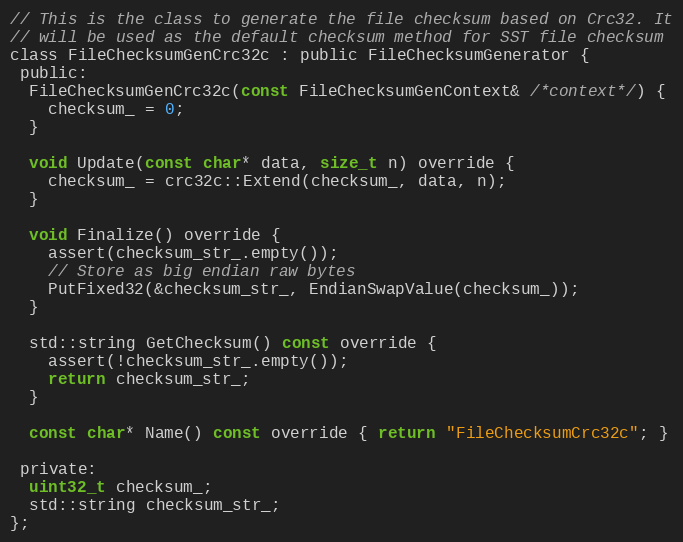
Language: C
// This is the class to generate the file checksum based on Crc32. It
// will be used as the default checksum method for SST file checksum
class FileChecksumGenCrc32c : public FileChecksumGenerator {
 public:
  FileChecksumGenCrc32c(const FileChecksumGenContext& /*context*/) {
    checksum_ = 0;
  }

  void Update(const char* data, size_t n) override {
    checksum_ = crc32c::Extend(checksum_, data, n);
  }

  void Finalize() override {
    assert(checksum_str_.empty());
    // Store as big endian raw bytes
    PutFixed32(&checksum_str_, EndianSwapValue(checksum_));
  }

  std::string GetChecksum() const override {
    assert(!checksum_str_.empty());
    return checksum_str_;
  }

  const char* Name() const override { return "FileChecksumCrc32c"; }

 private:
  uint32_t checksum_;
  std::string checksum_str_;
};